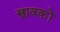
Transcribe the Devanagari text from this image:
स्त्रावकों